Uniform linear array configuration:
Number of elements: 8
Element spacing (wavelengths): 0.75
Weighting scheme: exponential
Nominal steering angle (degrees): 30
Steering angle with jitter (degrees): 31.123
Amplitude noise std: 0.05
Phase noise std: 0.05

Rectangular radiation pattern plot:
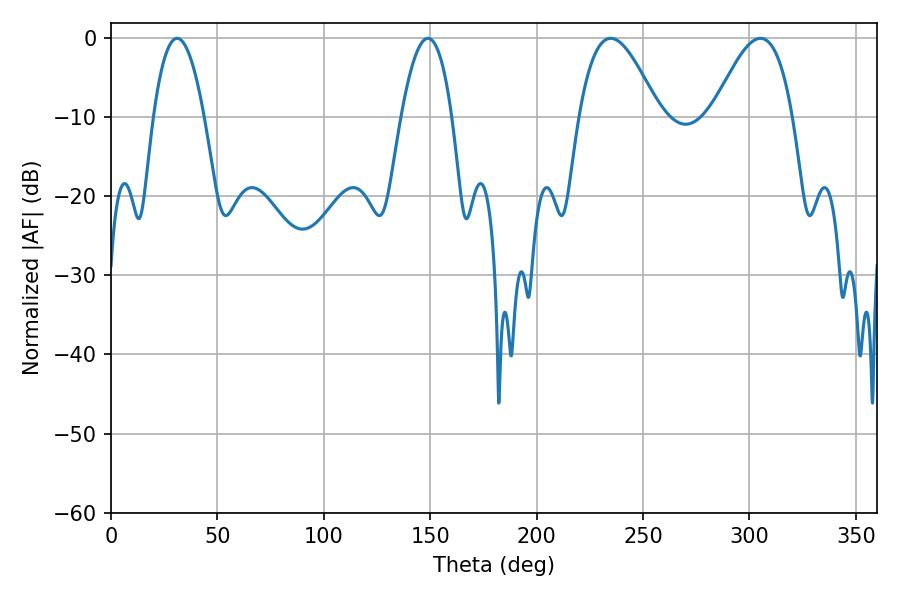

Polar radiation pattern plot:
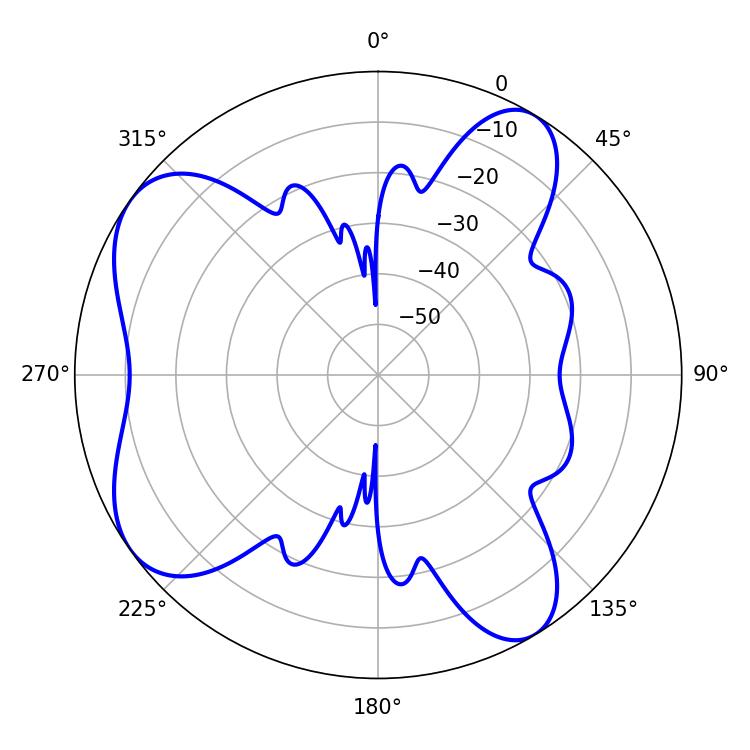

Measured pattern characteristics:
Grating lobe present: TRUE
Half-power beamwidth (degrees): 20.34
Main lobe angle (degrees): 234.9